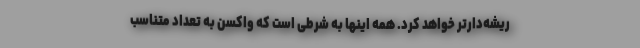
ریشه‌دارتر خواهد کرد. همه اینها به شرطی است که واکسن به تعداد متناسب